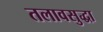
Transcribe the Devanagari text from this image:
तलावसुद्धा